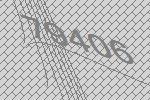
79406